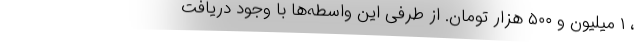
، ۱ میلیون و ۵۰۰ هزار تومان. از طرفی این واسطه‌ها با وجود دریافت